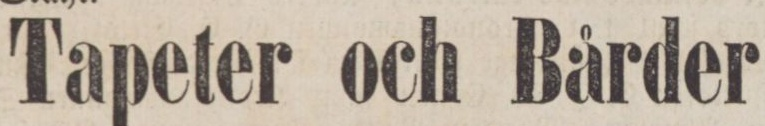
Tapeter och Bårder